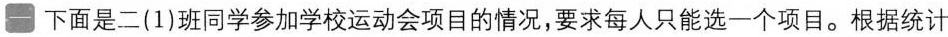
一 下面是二(1)班同学参加学校运动会项目的情况，要求每人只能选一个项目。根据统计